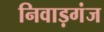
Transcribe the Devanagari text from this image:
निवाड़गंज